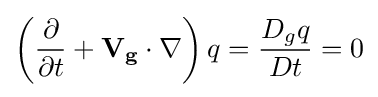
{{\left({{\partial  \over \partial t}+{\mathbf {V_{g}} \cdot \nabla }}\right)q}={D_{g}q \over Dt}=0}